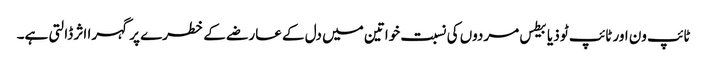
ٹائپ ون اور ٹائپ ٹو ذیابیطس مردوں کی نسبت خواتین میں دل کے عارضے کے خطرے پر گہرا اثر ڈالتی ہے۔